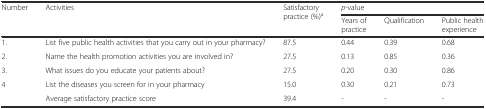
| <ROWSPAN=2> Number | <ROWSPAN=2> Activities | <ROWSPAN=2> Satisfactory practice (%)a | <COLSPAN=3> p-value |
 | Years of practice | Qualification | Public health experience |
 | --- | --- | --- | --- | --- | --- |
 | 1. | List five public health activities that you carry out in your pharmacy? | 87.5 | 0.44 | 0.39 | 0.68 |
 | 2. | Name the health promotion activities you are involved in? | 27.5 | 0.13 | 0.85 | 0.36 |
 | 3. | What issues do you educate your patients about? | 27.5 | 0.20 | 0.30 | 0.86 |
 | 4 | List the diseases you screen for in your pharmacy | 15.0 | 0.30 | 0.21 | 0.73 |
 |  | Average satisfactory practice score | 39.4 | - | - | - |